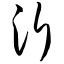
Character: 沂